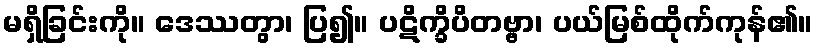
မရှိခြင်းကို။ ဒေဿတွာ၊ ပြ၍။ ပဋိက္ခိပိတဗ္ဗာ၊ ပယ်မြစ်ထိုက်ကုန်၏။